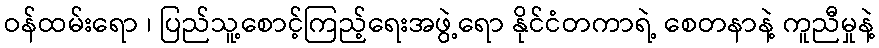
ဝန်ထမ်းရော ၊ ပြည်သူ့စောင့်ကြည့်ရေးအဖွဲ့ရော နိုင်ငံတကာရဲ့ စေတနာနဲ့ ကူညီမှုနဲ့